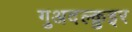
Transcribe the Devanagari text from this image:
गुअदल्क़ुइर